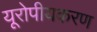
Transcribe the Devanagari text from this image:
यूरोपीयकरण